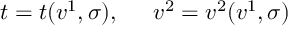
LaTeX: t = t ( v ^ { 1 } , \sigma ) , \ \; \; \; \; v ^ { 2 } = v ^ { 2 } ( v ^ { 1 } , \sigma )